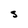
Character: s